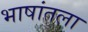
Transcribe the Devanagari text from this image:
भाषांतला